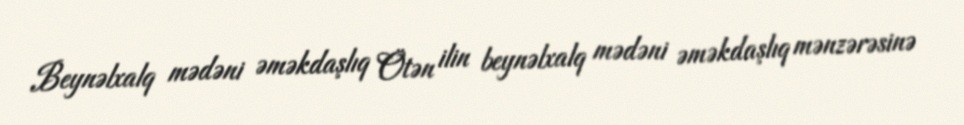
Beynəlxalq mədəni əməkdaşlıq Ötən ilin beynəlxalq mədəni əməkdaşlıq mənzərəsinə